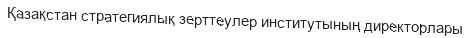
Қазақстан стратегиялық зерттеулер институтының директорлары